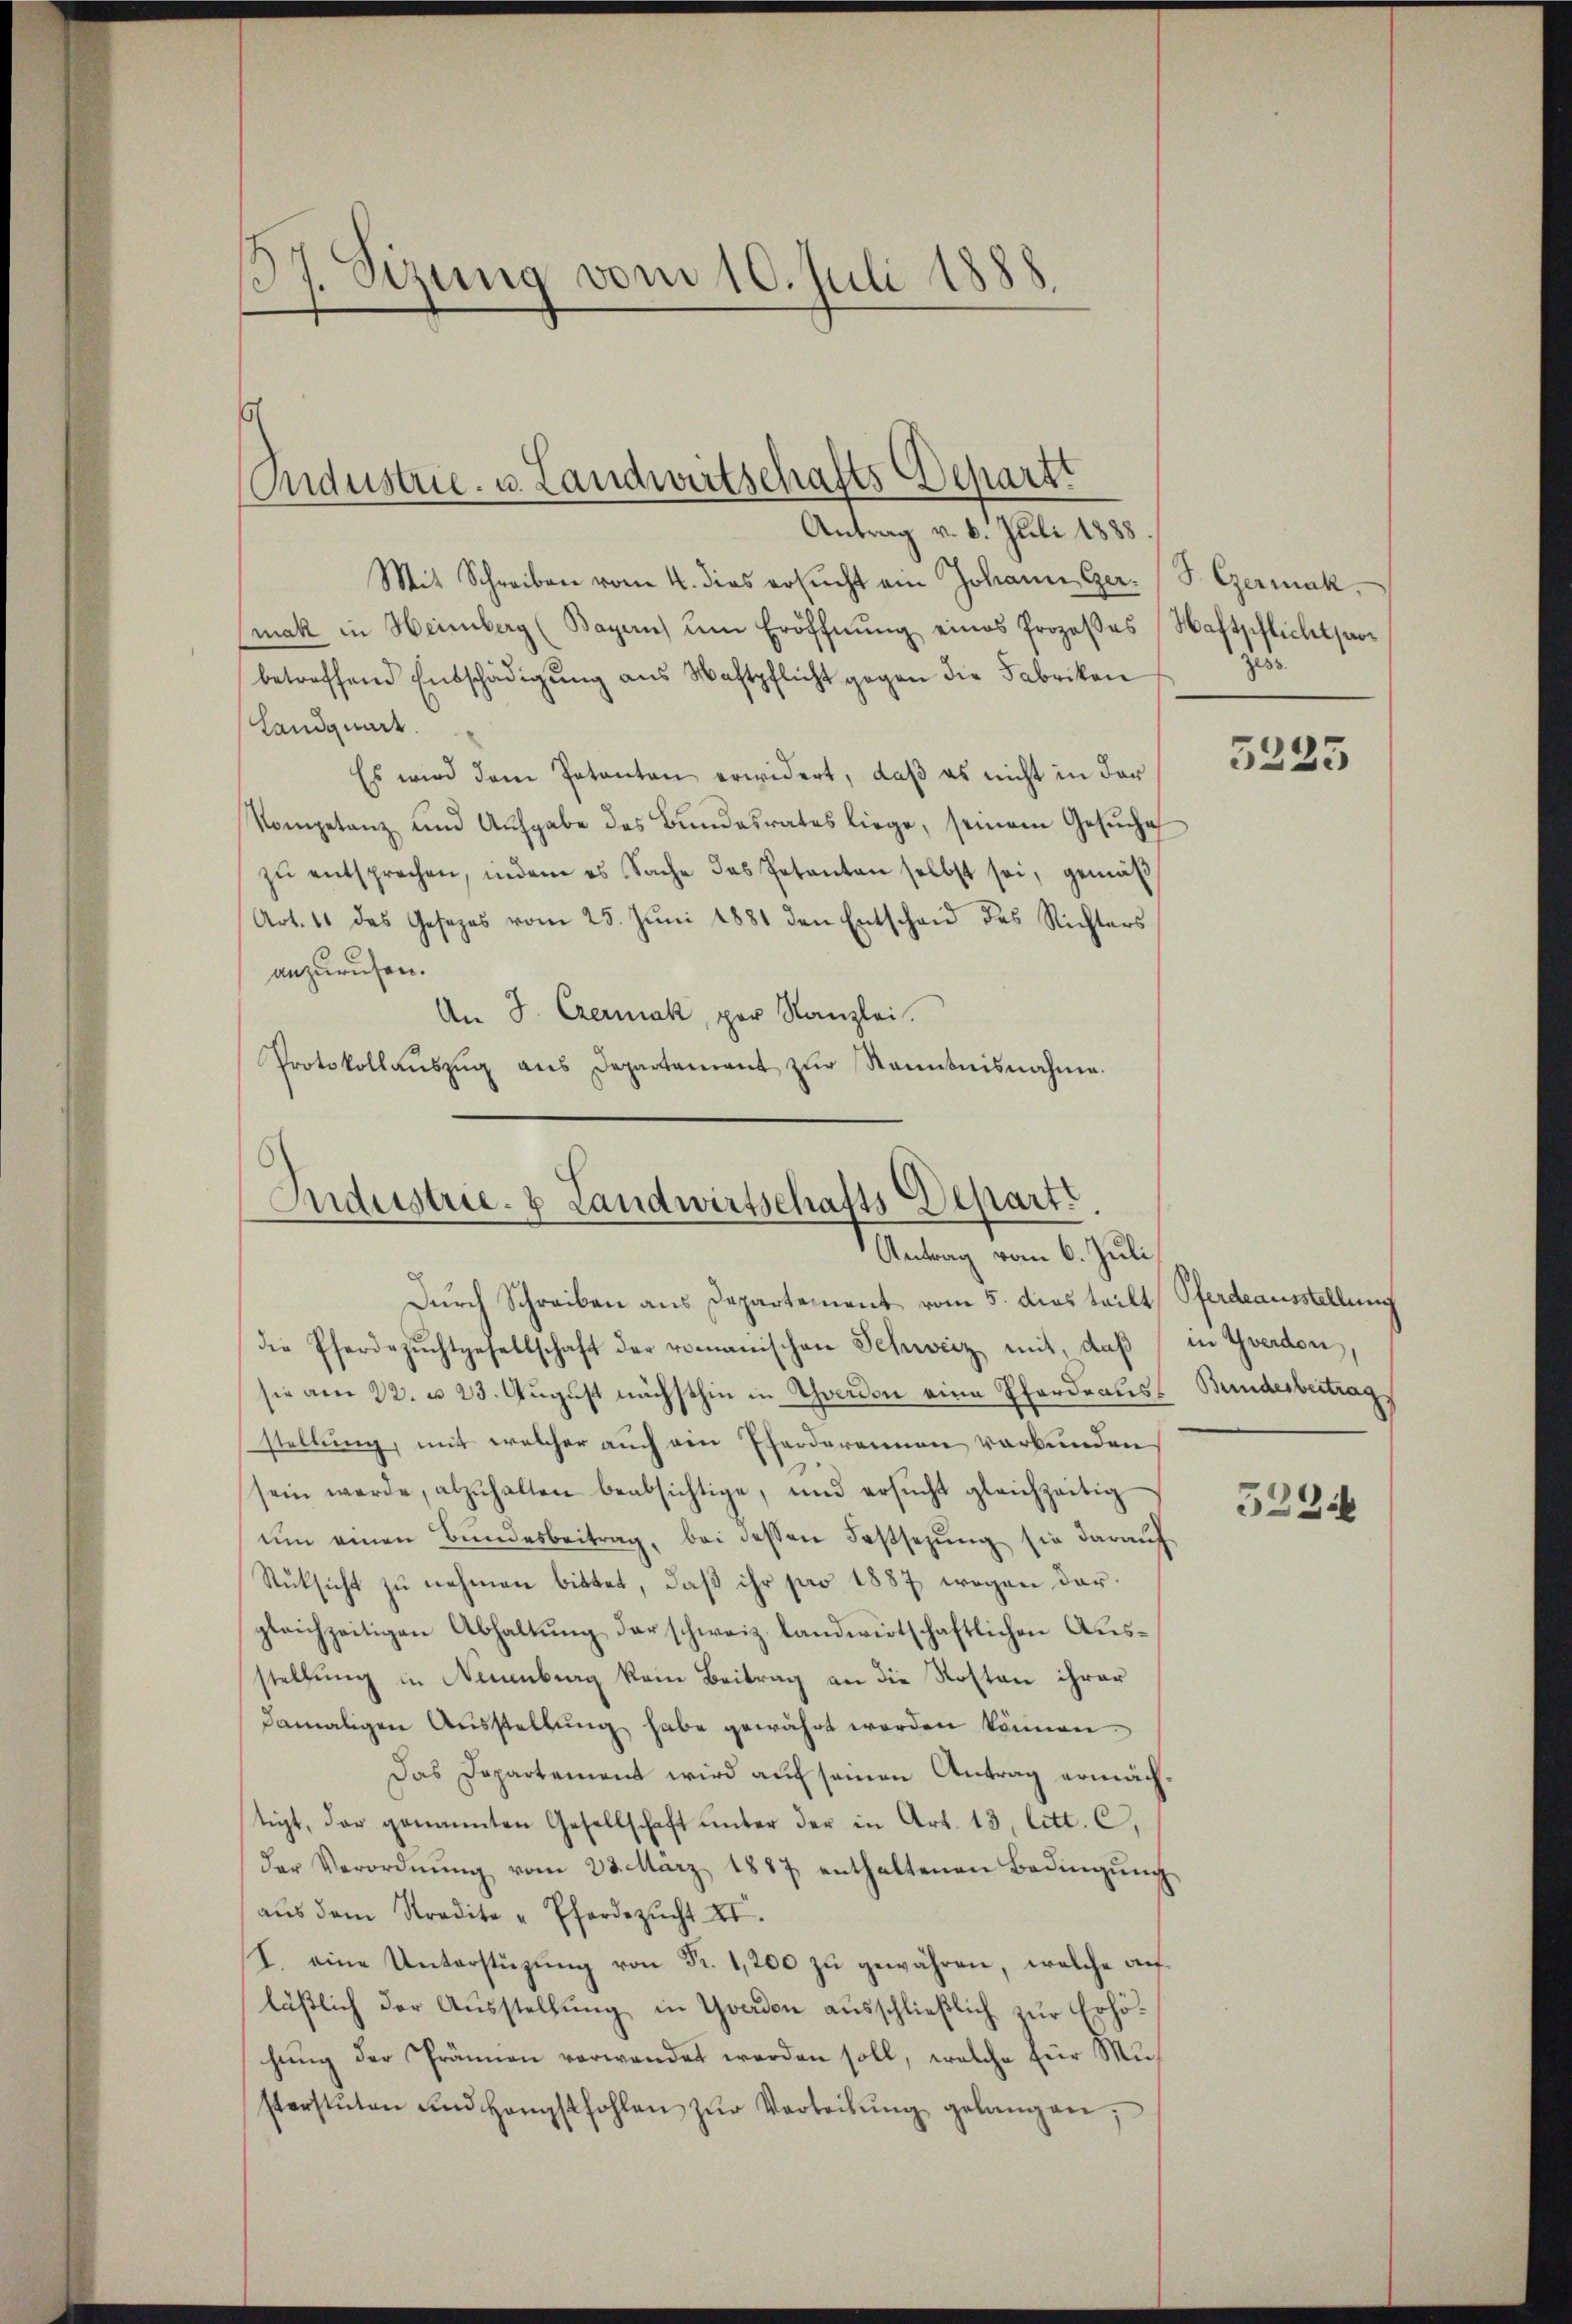
137. Sizung vom 10. Juli 1888.

Industrie- u. Landwirtschafts Departt
Antrag v. 6. Juli 1888

Mit Schreiben vom 4. dies ersŭcht ein Johann Ger. (S. Germak,
(mak in Heimberg (Bayern) um Eröffnŭng eines Prozesses Waftpflichtsarbetreffend Entschädigŭng aus Waftpflicht gegen die Fabriken
Landquart.
Es wird dem Patenten erwidert, daβ es nicht in der
Kompetanz und Aufgabe des Bŭndesrates liege, seinem Gesŭche
zŭ entsprechen, indem es Sache das Petenten selbst sei, gemäß
Art. 11 das Gesezes vom 25. Jŭni 1881 den Entscheid des Richters
anzurufen.
An J. Czermak, per Kanzlei.
Protokollaŭszŭg ans Departament zŭr Senntnisnahme.

Industrie- & Landwirtschafts Departi
Antrag vom 6. Juli

Durch Schreiben aus Departement vom 5. dies teilt, Pferdeausstellung
die Pferdezŭchtgesellschaft der romanischen Schweiz, mit, daß in Yverden,
sie am 22. d. 23. August nächsthin in Thoerden eine Pferdraus Bundesbeitrag
stellung, mit welcher auch ein Pferderennen verbunden
sein werde, abzŭhalten beabsichtige, und ersŭcht gleichzeitig
ŭm einen Bundesbeitrag, bei dessen Festsezung sie darauf
Rüksicht zŭ nehmen bittet, daβ ihr pro 1887 wegen dargleichzeitigen Abhaltung der schweiz landwirtschaftlichen Ausstellung in Neuenburg kein Beitrag an die Kosten ihrer
damaligen Aŭsstellŭng habe gewährt werden können.
Das Departement wird auf seinen Antrag ermächtigt, der genannten Gesellschaft unter der in Art. 13. litt. C.
der Verordnŭng vom 23. März 1887 enthaltenen Bedingŭng
aŭs dem Stradite " Pferdezucht XI.
I. eine Unterstützŭng von Fr. 1,200 zŭ gewähren, welche auf-
läßlich der Ausstellung in Graden ausschließlich zur Erhöhŭng der Fränen verwendet werden soll, welche für Musterstŭten und Hengstfohlen zŭr Verteilŭng gelangen,

zs

5223

523